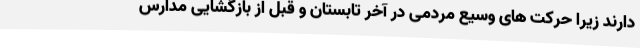
دارند زیرا حرکت های وسیع مردمی در آخر تابستان و قبل از بازگشایی مدارس